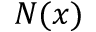
N ( x )